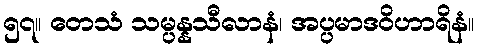
၅၇။ တေသံ သမ္ပန္နသီလာနံ၊ အပ္ပမာဒဝိဟာရိနံ။